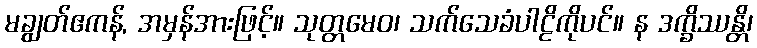
မချွတ်ဧကန်, အမှန်အားဖြင့်။ သုတ္တမေဝ၊ သက်သေခံပါဠိကိုပင်။ န ဒက္ခိဿန္တိ၊